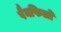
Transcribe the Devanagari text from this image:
पैनफिलो